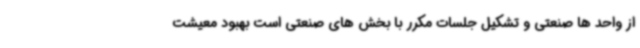
از واحد ها صنعتی و تشکیل جلسات مکرر با بخش های صنعتی است بهبود معیشت